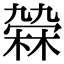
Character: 𣘑